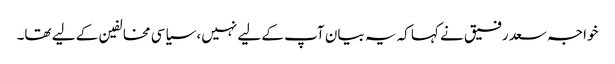
خواجہ سعد رفیق نے کہا کہ یہ بیان آپ کے لیے نہیں، سیاسی مخالفین کے لیے تھا۔